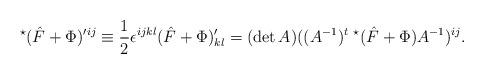
LaTeX: \begin{align*}^{\star}({\hat{F}}+ \Phi)'^{ij}\equiv\frac{1}{2}\epsilon^{ijkl}({\hat{F}}+ \Phi)'_{kl}=(\det A)((A^{-1})^{t}\;^{\star}(\hat{F}+\Phi)A^{-1})^{ij}.\end{align*}